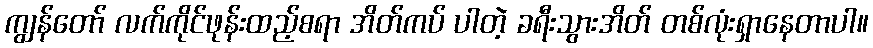
ကျွန်တော် လက်ကိုင်ဖုန်းထည့်စရာ အိတ်ကပ် ပါတဲ့ ခရီးသွားအိတ် တစ်လုံးရှာနေတာပါ။